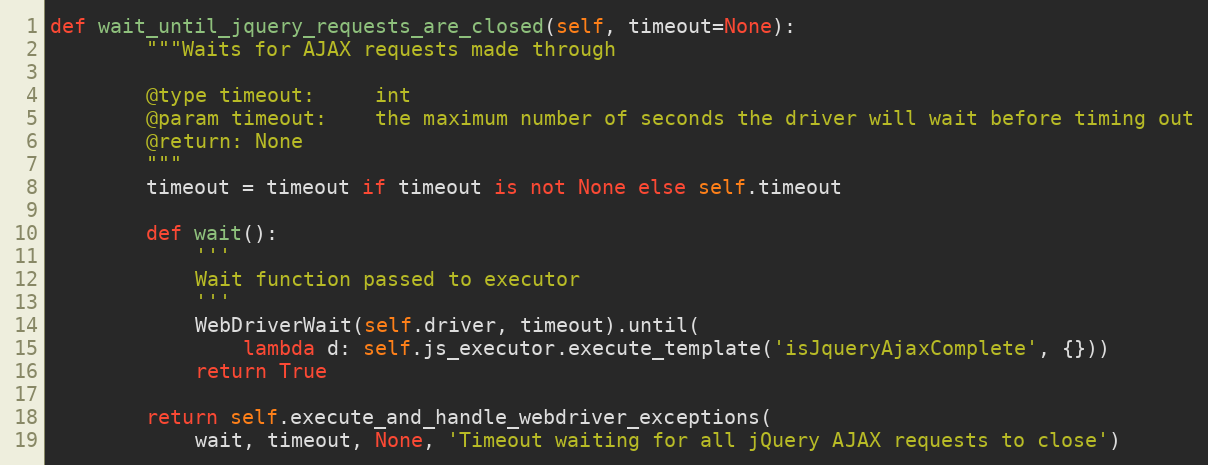
Language: Python
def wait_until_jquery_requests_are_closed(self, timeout=None):
        """Waits for AJAX requests made through

        @type timeout:     int
        @param timeout:    the maximum number of seconds the driver will wait before timing out
        @return: None
        """
        timeout = timeout if timeout is not None else self.timeout

        def wait():
            '''
            Wait function passed to executor
            '''
            WebDriverWait(self.driver, timeout).until(
                lambda d: self.js_executor.execute_template('isJqueryAjaxComplete', {}))
            return True

        return self.execute_and_handle_webdriver_exceptions(
            wait, timeout, None, 'Timeout waiting for all jQuery AJAX requests to close')